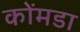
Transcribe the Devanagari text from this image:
कोंमडा